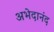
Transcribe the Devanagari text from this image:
अभेदानंद